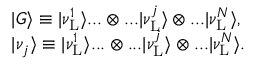
\begin{array} { r l } & { | G \rangle \equiv | \nu _ { \mathrm { L } } ^ { 1 } \rangle . . . \otimes . . . | \nu _ { \mathrm { L } } ^ { j } \rangle \otimes . . . | \nu _ { \mathrm { L } } ^ { N } \rangle , } \\ & { | \nu _ { j } \rangle \equiv | \nu _ { \mathrm { L } } ^ { 1 } \rangle . . . \otimes . . . | \nu _ { \mathrm { L } } ^ { j } \rangle \otimes . . . | \nu _ { \mathrm { L } } ^ { N } \rangle . } \end{array}